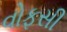
વોફસી